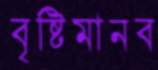
বৃষ্টিমানব